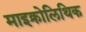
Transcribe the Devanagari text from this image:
माइक्रोलिथिक